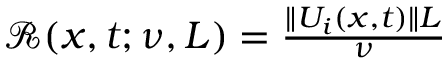
\begin{array} { r } { \mathscr { R } ( x , t ; \nu , L ) = \frac { \| U _ { i } ( x , t ) \| L } { \nu } } \end{array}